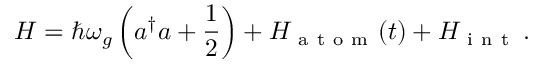
H = \hbar \omega _ { g } \left( a ^ { \dag } a + \frac { 1 } { 2 } \right) + H _ { \mathrm { ~ a ~ t ~ o ~ m ~ } } ( t ) + H _ { \mathrm { ~ i ~ n ~ t ~ } } \, .